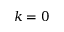
k = 0